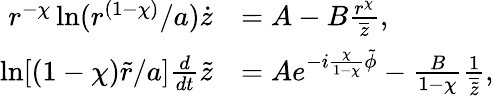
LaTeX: \begin{array}{rl}{r^{-\chi}\ln(r^{(1-\chi)}/a)\dot{z}}&{=A-B\frac{r^{\chi}}{\overline{{z}}},}\\ {\ln[(1-\chi)\tilde{r}/a]\frac{d}{dt}\tilde{z}}&{=Ae^{-i\frac{\chi}{1-\chi}\tilde{\phi}}-\frac{B}{1-\chi}\frac{1}{\overline{{\tilde{z}}}},}\end{array}